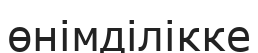
өнімділікке